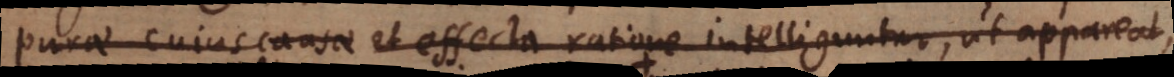
purae cujus causae et effecta ratione intelliguntur, ut appareat,